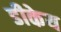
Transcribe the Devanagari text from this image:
डीकेय